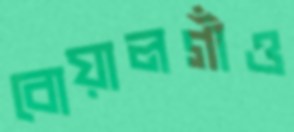
বোয়ালগাঁও